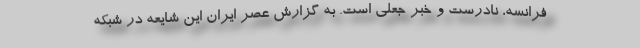
فرانسه، نادرست و خبر جعلی است. به گزارش عصر ایران این شایعه در شبکه